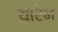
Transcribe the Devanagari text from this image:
यारेन